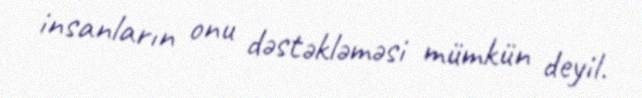
insanların onu dəstəkləməsi mümkün deyil.